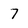
Character: 7